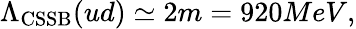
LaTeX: \Lambda_{\mathrm{CSSB}}(ud)\simeq 2m=920MeV,